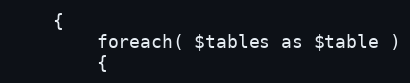
Language: PHP
    {
        foreach( $tables as $table )
        {